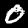
Label: 0